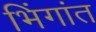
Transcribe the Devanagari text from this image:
भिंगांत